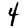
Digit: 4